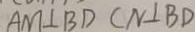
A M \bot B D C N \bot B D